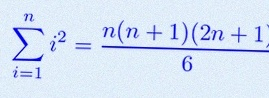
\sum_{i=1}^{n}i^2=\frac{n(n+1)(2n+1)}6